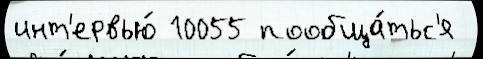
инт'ервью́ 10055 пообща́тьс'я